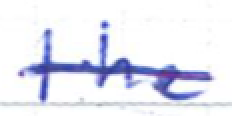
Text: the
Cross-out: single-line
Writing tool: ballpoint